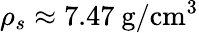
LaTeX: \rho_{s}\approx 7.47~\mathrm{g/cm^{3}}